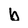
Character: b